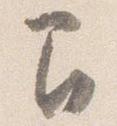
間